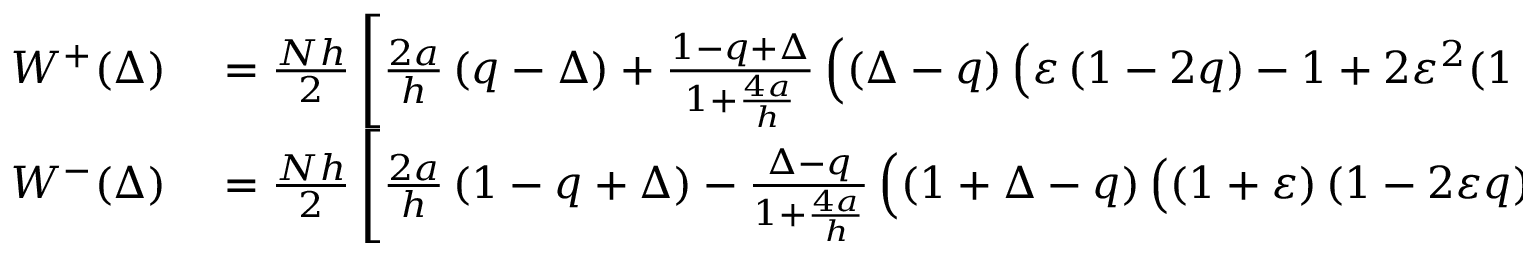
\begin{array} { r l } { W ^ { + } ( \Delta ) } & { { } = \frac { N h } { 2 } \left[ \frac { 2 a } { h } \left( q - \Delta \right) + \frac { 1 - q + \Delta } { 1 + \frac { 4 a } { h } } \left( \left( \Delta - q \right) \left( \varepsilon \left( 1 - 2 q \right) - 1 + 2 \varepsilon ^ { 2 } ( 1 - q + \Delta ) \right) - \frac { 2 a } { h } \left( 2 \Delta + \varepsilon - 2 q ( 1 + \varepsilon ) \right) \right) \right] , } \\ { W ^ { - } ( \Delta ) } & { { } = \frac { N h } { 2 } \left[ \frac { 2 a } { h } \left( 1 - q + \Delta \right) - \frac { \Delta - q } { 1 + \frac { 4 a } { h } } \left( \left( 1 + \Delta - q \right) \left( \left( 1 + \varepsilon \right) \left( 1 - 2 \varepsilon q \right) + 2 \Delta \varepsilon ^ { 2 } \right) + \frac { 2 a } { h } \left( 1 + 2 \Delta + \left( 1 + \varepsilon \right) \left( 1 - 2 q \right) \right) \right) \right] . } \end{array}